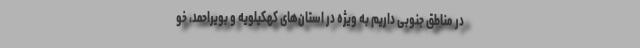
در مناطق جنوبی داریم به ویژه در استان‌های کهکیلویه و بویراحمد، خو